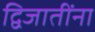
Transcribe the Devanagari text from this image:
द्विजातींना